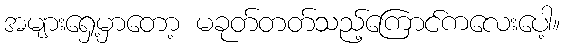
အများရှေ့မှာတော့ မခုတ်တတ်သည့်ကြောင်ကလေးပေါ့။